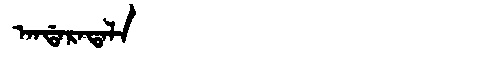
Manchu: ᠠᠨᡩᠠᡵᠠᡨᠠᠯᠠ
Romanization: ANDARATALA